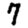
Digit: 7